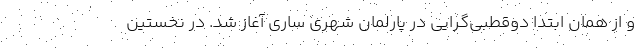
و از همان ابتدا دوقطبی‌گرایی در پارلمان شهری ساری آغاز شد. در نخستین